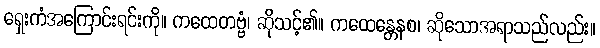
ရှေးကံအကြောင်းရင်းကို။ ကထေတဗ္ဗံ၊ ဆိုသင့်၏။ ကထေန္တေနစ၊ ဆိုသောအရာသည်လည်း။